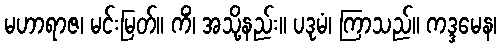
မဟာရာဇ၊ မင်းမြတ်။ ကိံ၊ အသို့နည်း။ ပဒုမံ၊ ကြာသည်။ ကဒ္ဒမေန၊